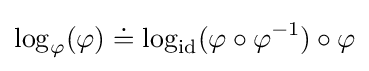
\log _{\varphi }(\varphi )\doteq \log _{\rm {id}}(\varphi \circ \varphi ^{-1})\circ \varphi